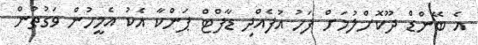
އެ ބޭންޑް ދޫކޮށްލުމަށް ފަހު އުފެއްދި ޑާފްޓް ޕަންކާ އެކު އެމީހުން ވަގުތުން